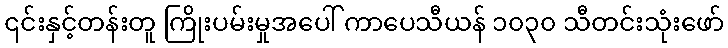
၎င်းနှင့်တန်းတူ ကြိုးပမ်းမှုအပေါ် ကာပေသီယန် ၁၀၃၀ သီတင်းသုံးဖော်